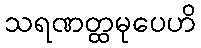
သရဏတ္ထမုပေဟိ